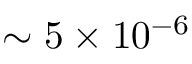
\sim 5 \times 1 0 ^ { - 6 }